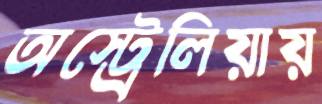
অস্ট্রেলিয়ায়